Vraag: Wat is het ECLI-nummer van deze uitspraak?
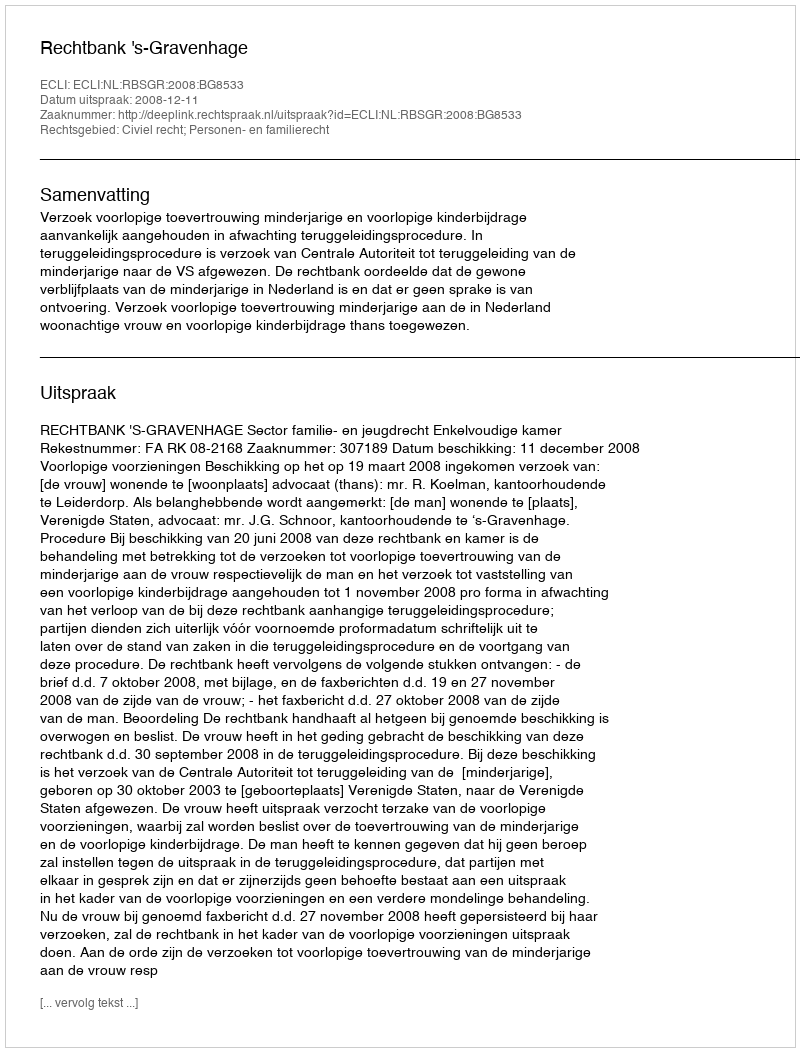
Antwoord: ECLI:NL:RBSGR:2008:BG8533